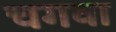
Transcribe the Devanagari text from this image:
चगवा